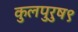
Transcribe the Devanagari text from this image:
कुलपुरुष९